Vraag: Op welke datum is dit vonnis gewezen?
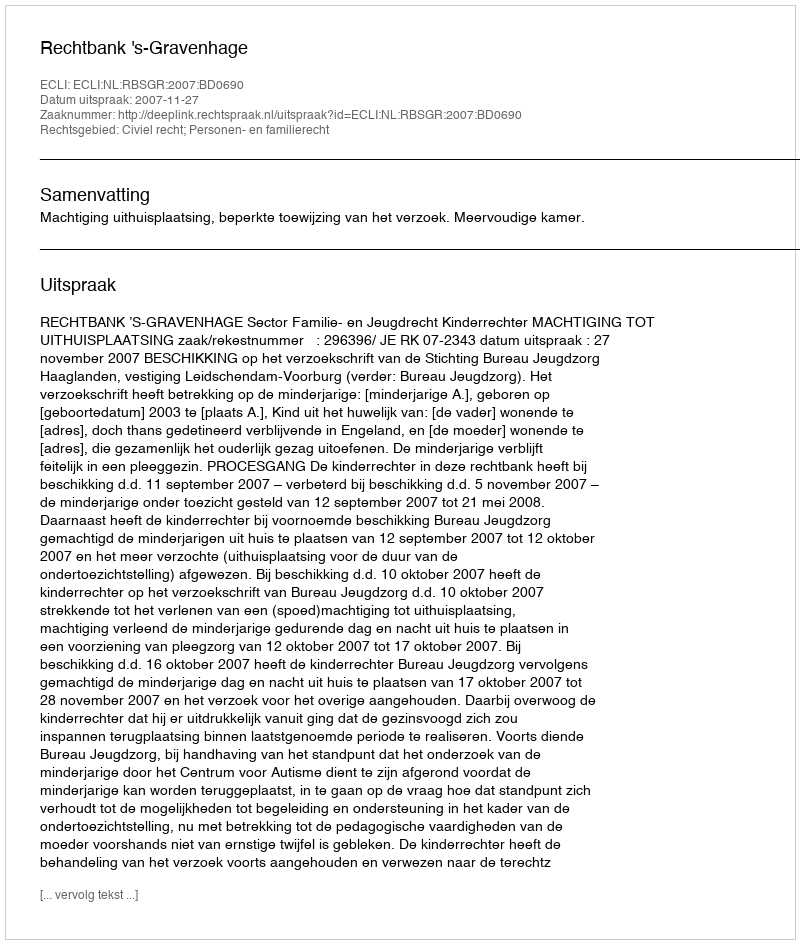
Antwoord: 2007-11-27